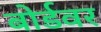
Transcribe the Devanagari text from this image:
बोर्डवर